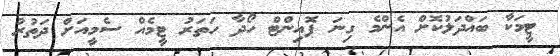
ޓީމަކާ ބައްދަލުކޮށް އެންމެ ގިނަ ޕޮއިންޓް ހޯދާ ހަތަރު ޓީމެއް ސެމީއަށް ދަތުރު